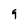
Character: 9